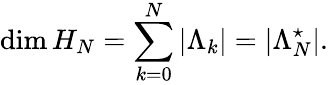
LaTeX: \mathrm{dim}\, H_{N}=\sum_{k=0}^{N}|\Lambda_{k}|=|\Lambda_{N}^{\star}|.